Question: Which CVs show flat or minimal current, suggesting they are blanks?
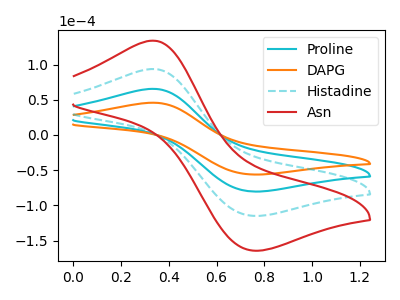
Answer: <think>The cyan curve "Proline" has an anodic peak at (0.35V, 65.50uA) and a cathodic peak at (0.75V, -80.30uA). The orange curve "DAPG" has an anodic peak at (0.35V, 45.80uA) and a cathodic peak at (0.75V, -56.15uA). The cyan dashed curve "Histadine" has an anodic peak at (0.35V, 131.00uA) and a cathodic peak at (0.75V, -160.60uA). The red curve "Asn" has an anodic peak at (0.35V, 196.50uA) and a cathodic peak at (0.75V, -240.95uA).</think>
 <answer>There are not any CV's on this graph that are likely to be blanks.</answer>
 <eval>none</eval>